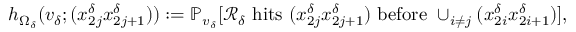
h _ { \Omega _ { \delta } } ( v _ { \delta } ; ( x _ { 2 j } ^ { \delta } x _ { 2 j + 1 } ^ { \delta } ) ) : = \mathbb { P } _ { v _ { \delta } } [ \mathcal { R } _ { \delta } \mathrm { ~ h i t s ~ } ( x _ { 2 j } ^ { \delta } x _ { 2 j + 1 } ^ { \delta } ) \mathrm { ~ b e f o r e ~ } \cup _ { i \neq j } ( x _ { 2 i } ^ { \delta } x _ { 2 i + 1 } ^ { \delta } ) ] ,